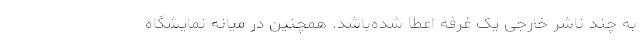
به چند ناشر خارجی یک غرفه اعطا شده‌باشد. همچنین در میانه نمایشگاه